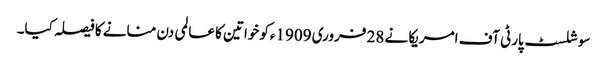
سوشلسٹ پارٹی آف امریکا نے 28 فروری 1909ءکو خواتین کا عالمی دن منانے کا فیصلہ کیا۔